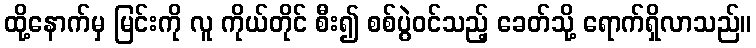
ထို့နောက်မှ မြင်းကို လူ ကိုယ်တိုင် စီး၍ စစ်ပွဲဝင်သည့် ခေတ်သို့ ရောက်ရှိလာသည်။